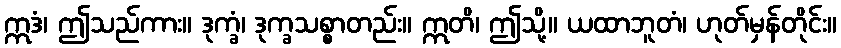
ဣဒံ၊ ဤသည်ကား။ ဒုက္ခံ၊ ဒုက္ခသစ္စာတည်း။ ဣတိ၊ ဤသို့။ ယထာဘူတံ၊ ဟုတ်မှန်တိုင်း။